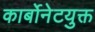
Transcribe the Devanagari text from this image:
कार्बोनेटयुक्त